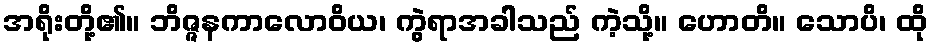
အရိုးတို့၏။ ဘိဇ္ဇနကာလောဝိယ၊ ကွဲရာအခါသည် ကဲ့သို့။ ဟောတိ။ သောပိ၊ ထို